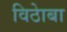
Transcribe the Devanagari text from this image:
विठाेबा